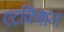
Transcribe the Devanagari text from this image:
एटकिंशन